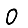
Digit: 0